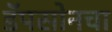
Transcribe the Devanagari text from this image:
डॅपसोनचा